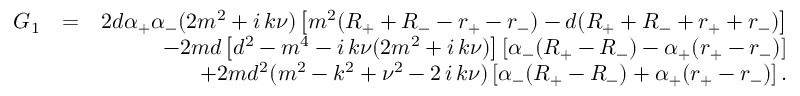
\begin{array} { r l r } { G _ { 1 } } & { = } & { 2 d \alpha _ { + } \alpha _ { - } ( 2 m ^ { 2 } + i \, k \nu ) \left[ m ^ { 2 } ( R _ { + } + R _ { - } - r _ { + } - r _ { - } ) - d ( R _ { + } + R _ { - } + r _ { + } + r _ { - } ) \right] } \\ & { } & { - 2 m d \left[ d ^ { 2 } - m ^ { 4 } - i \, k \nu ( 2 m ^ { 2 } + i \, k \nu ) \right] \left[ \alpha _ { - } ( R _ { + } - R _ { - } ) - \alpha _ { + } ( r _ { + } - r _ { - } ) \right] } \\ & { } & { + 2 m d ^ { 2 } ( m ^ { 2 } - k ^ { 2 } + \nu ^ { 2 } - 2 \, i \, k \nu ) \left[ \alpha _ { - } ( R _ { + } - R _ { - } ) + \alpha _ { + } ( r _ { + } - r _ { - } ) \right] . } \end{array}